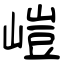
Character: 嵦